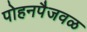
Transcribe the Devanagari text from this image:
पोहनपैजवळ